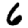
Digit: 6